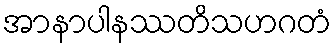
အာနာပါနဿတိသဟဂတံ